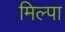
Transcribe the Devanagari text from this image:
मिल्पा